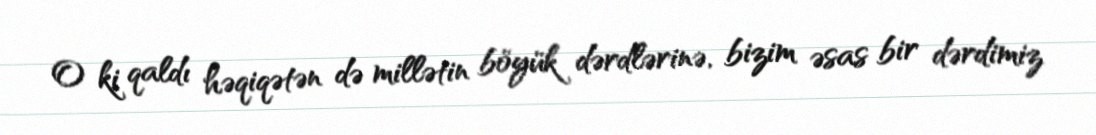
O ki qaldı həqiqətən də millətin böyük dərdlərinə, bizim əsas bir dərdimiz